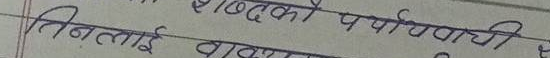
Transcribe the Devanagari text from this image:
शब्दको पर्यायवाची
तिनलाई